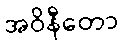
အဝိနီတော